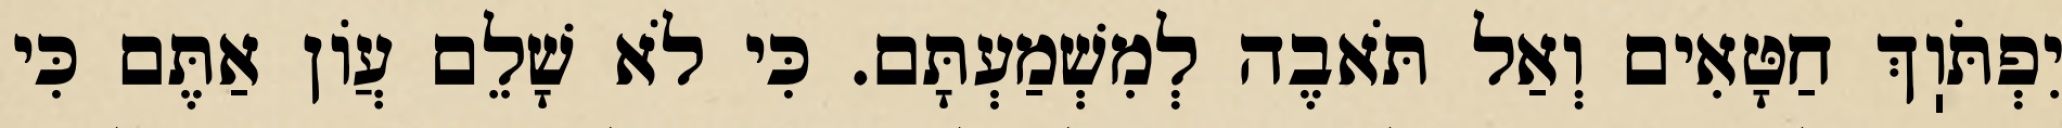
יִפְתֹּוֽךְ חַטָּאִים וְאַל תֹּאבֶה לְמִשְׁמַעְתָּם. כִּי לֹא שָׁלֵם עֲוֹן אַתֶּם כִּי